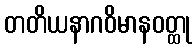
တတိယနာဂဝိမာနဝတ္ထု